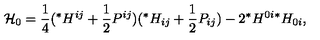
{ \cal { H } } _ { 0 } = \frac { 1 } { 4 } ( { } ^ { * } H ^ { i j } + \frac { 1 } { 2 } P ^ { i j } ) ( { } ^ { * } H _ { i j } + \frac { 1 } { 2 } P _ { i j } ) - 2 { } ^ { * } H ^ { 0 i } { } ^ { * } H _ { 0 i } ,